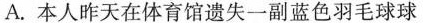
A.本人昨天在体育馆遗失一副蓝色羽毛球球